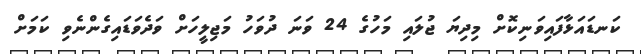
ކަނޑައަޅާފައިވަނިކޮށް މިދިޔަ ޖުލައި މަހުގެ 24 ވަނަ ދުވަހު މަޖިލީހަށް ވަދެވަޑައިގެންނެވި ކަމަށް